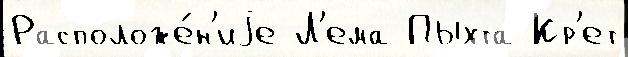
Расположе́н'иjе Л'ема Пыхта Кр'ет